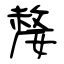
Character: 嫠